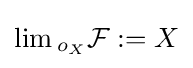
\lim {}_{o_{X}}{\mathcal {F}}:=X